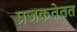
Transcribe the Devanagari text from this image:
प्रजकतेतत